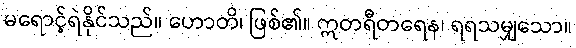
မရောင့်ရဲနိုင်သည်။ ဟောတိ၊ ဖြစ်၏။ ဣတရီတရေန၊ ရရသမျှသော။